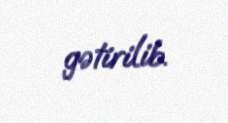
gətirilib.